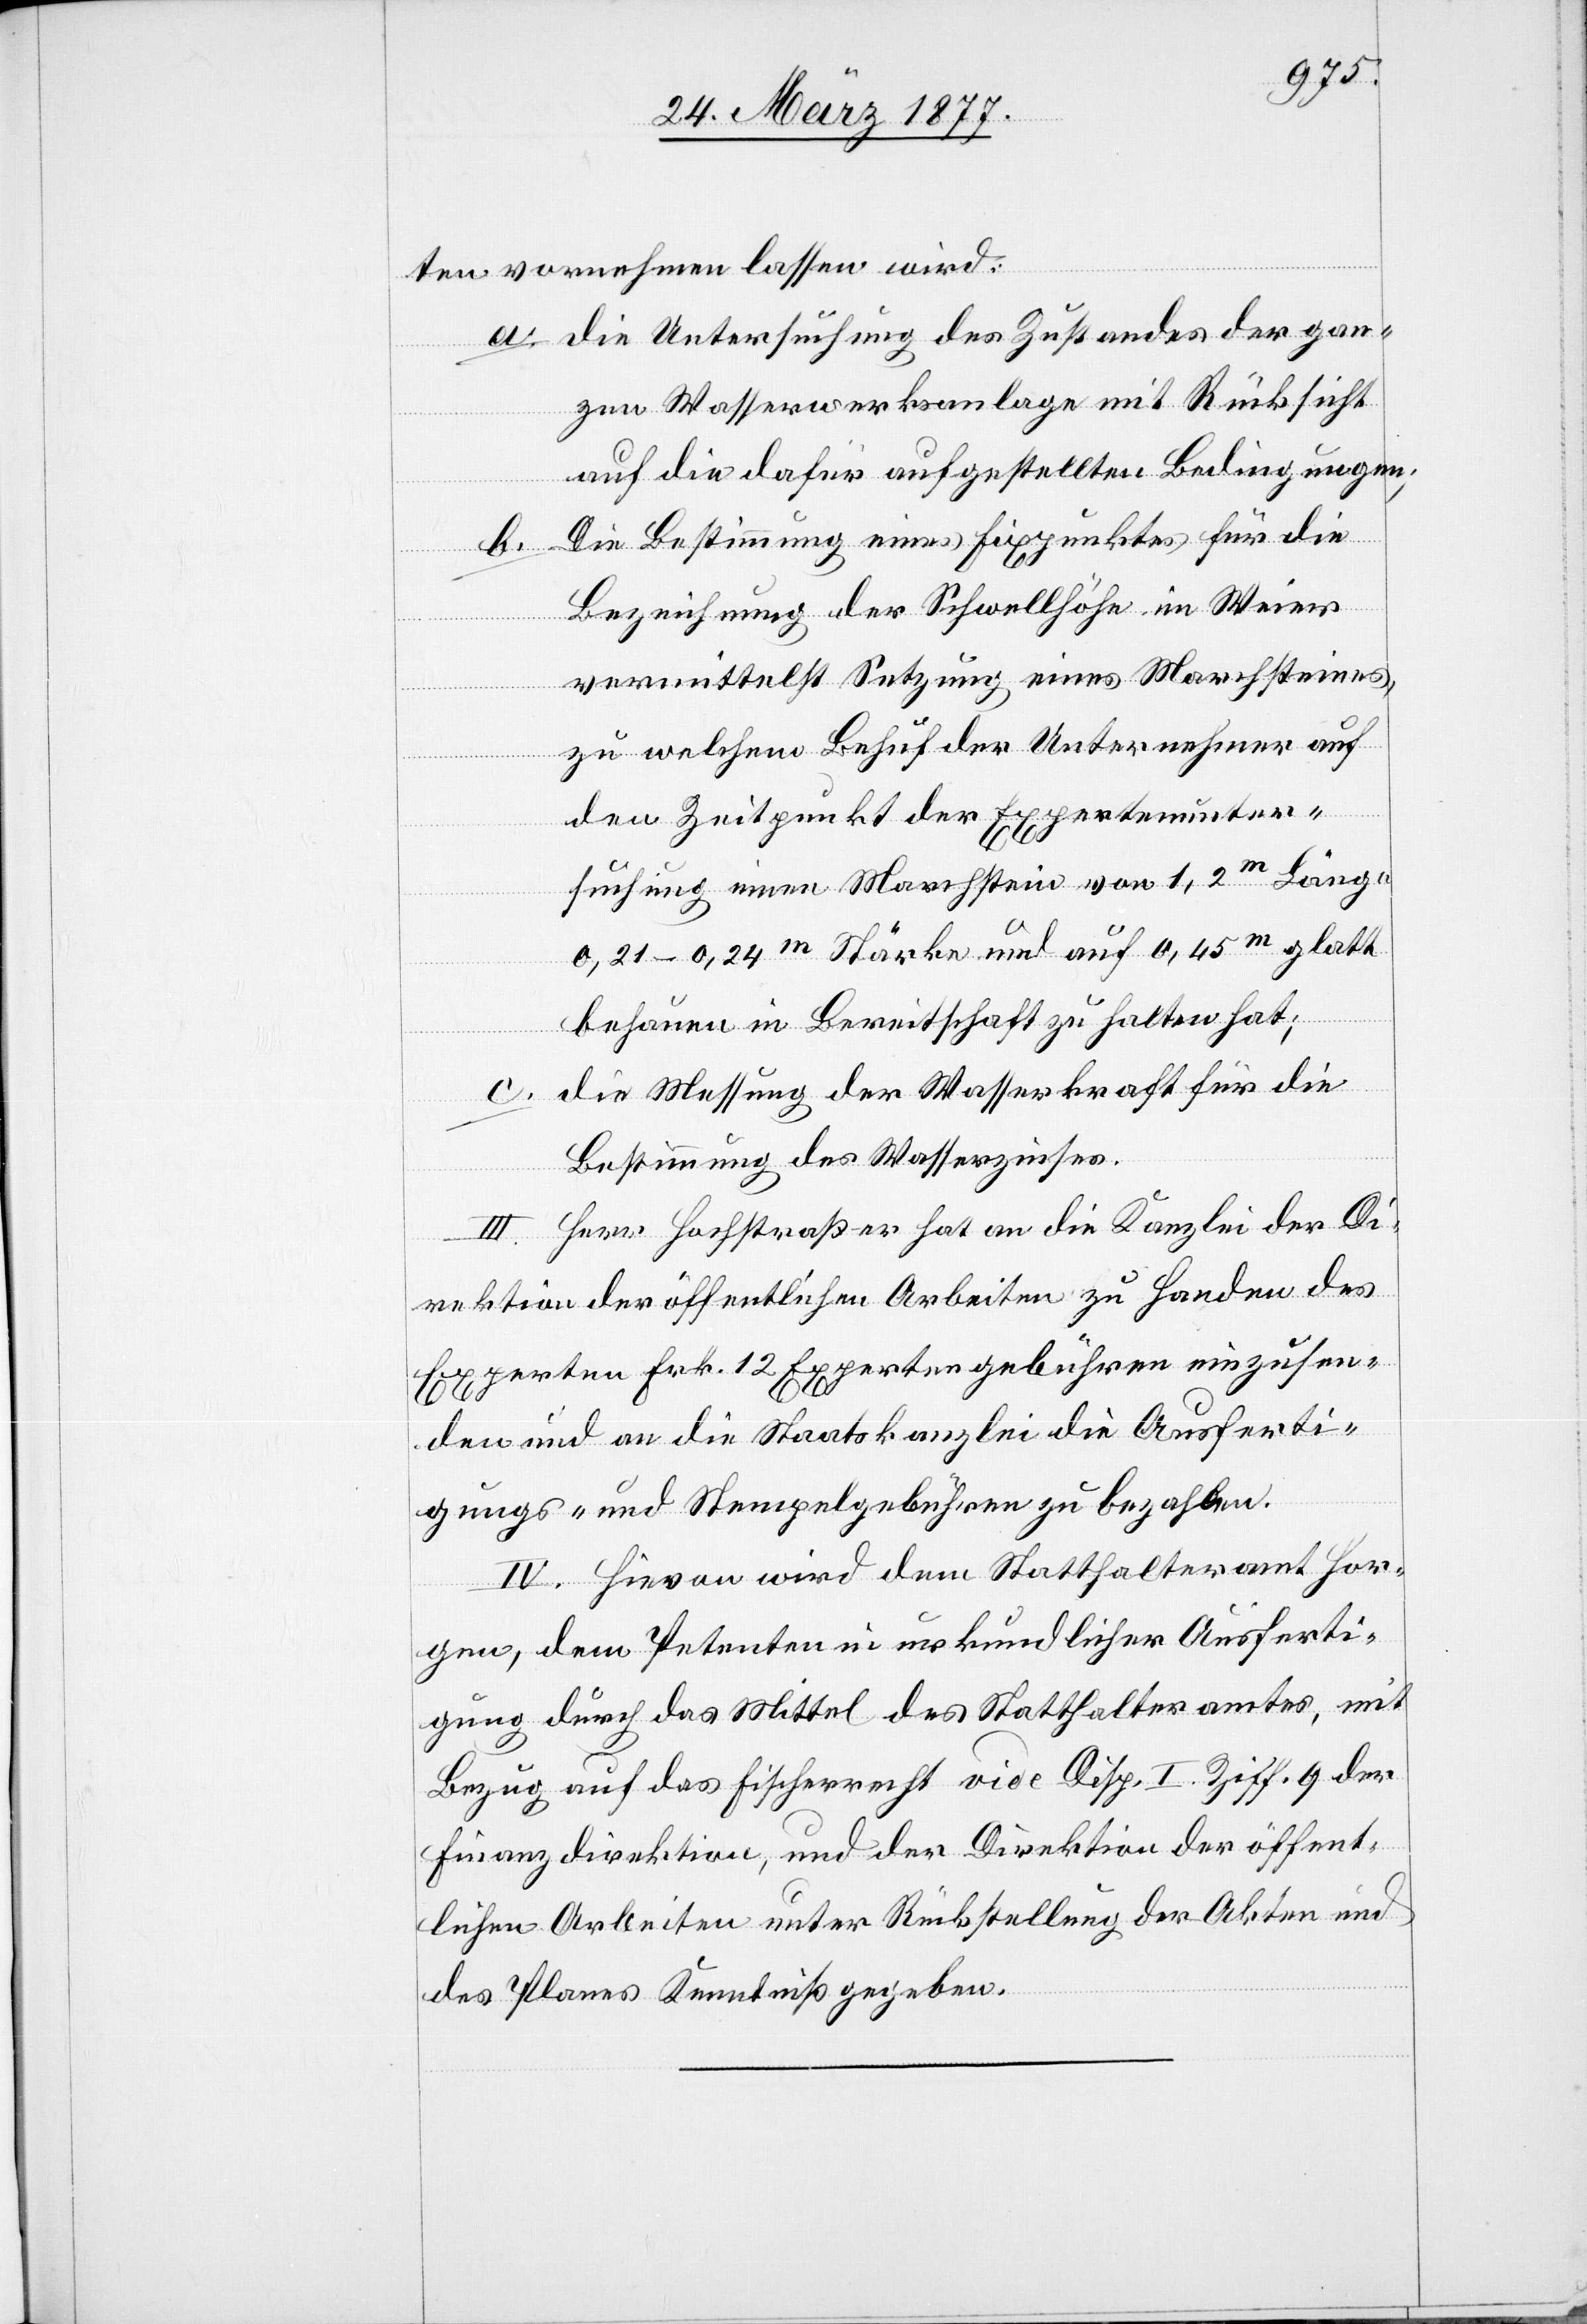
ten vornehmen lassen wird:
a. Die Untersuchung des Zustandes der gan¬
zen Wasserwerksanlage mit Rücksicht
auf die dafür aufgestellten Bedingungen;
Die Bestimmung eines Fixpunktes für die
b.
Bezeichnung der Schwellhöhe im Weier
vermittelst Setzung eines Marchsteines,
zu welchem Behuf der Unternehmer auf
den Zeitpunkt der Expertenunter¬
suchung einen Marchstein von 1,2m Länge,
0,21–0,24m Stärke und auf 0,45m glatt
behauen in Bereitschaft zu halten hat;
c.
Die Messung der Wasserkraft für die
Bestimmung des Wasserzinses.
III. Herr Hochstraßer hat an die Kanzlei der Di¬
rektion der öffentlichen Arbeiten zu Handen des
Experten Frk. 12 Expertengebühren einzusen¬
den und an die Staatskanzlei die Ausferti¬
gungs- und Stempelgebühren zu bezahlen.
IV. Hievon wird dem Statthalteramt Hor¬
gen, dem Petenten in urkundlicher Ausferti¬
gung durch das Mittel des Statthalteramtes, mit
Bezug auf das Fischerrecht vide Disp. I. Ziff. 9 der
Finanzdirektion, und der Direktion der öffent¬
lichen Arbeiten unter Rückstellung der Akten und
den Planes Kenntniß gegeben.